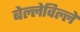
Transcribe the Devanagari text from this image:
बेल्लेविल्ले